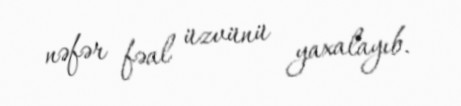
nəfər fəal üzvünü yaxalayıb.